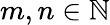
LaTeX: m,n\in\mathbb{N}